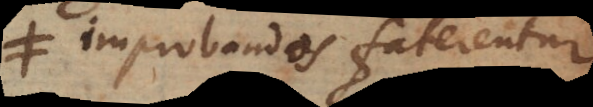
improbandos faterentur,